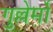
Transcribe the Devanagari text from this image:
गुल्लेर्मो